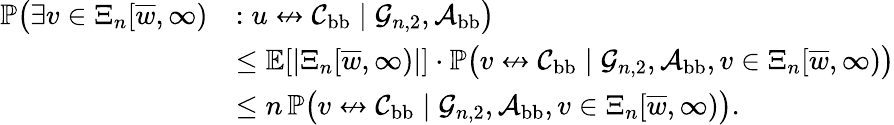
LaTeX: \begin{array}{rl}{\mathbb{P}\big(\exists v\in\Xi_{n}[\overline{w},\infty)}&{:u\not\leftrightarrow{\mathcal C}_{\mathrm{bb}}\mid{\mathcal G}_{n,2},{\mathcal A}_{\mathrm{bb}}\big)}\\ &{\le\mathbb E[|\Xi_{n}[\overline{w},\infty)|]\cdot\mathbb{P}\big(v\not\leftrightarrow{\mathcal C}_{\mathrm{bb}}\mid{\mathcal G}_{n,2},{\mathcal A}_{\mathrm{bb}},v\in\Xi_{n}[\overline{w},\infty)\big)}\\ &{\le n\, \mathbb{P}\big(v\not\leftrightarrow{\mathcal C}_{\mathrm{bb}}\mid{\mathcal G}_{n,2},{\mathcal A}_{\mathrm{bb}},v\in\Xi_{n}[\overline{w},\infty)\big).}\end{array}